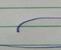
Signature authenticity: forged